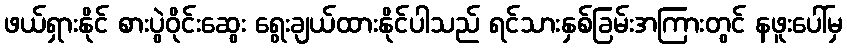
ဖယ်ရှားနိုင် စားပွဲဝိုင်းဆွေး ရွေးချယ်ထားနိုင်ပါသည် ရင်သားနှစ်ခြမ်းအကြားတွင် နဖူးပေါ်မှ